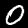
Digit: 0